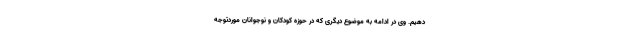
دهیم. وی در ادامه به موضوع دیگری که در حوزه کودکان و نوجوانان موردتوجه